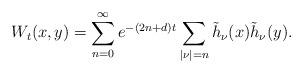
LaTeX: \begin{align*}W_t(x,y)=\sum_{n=0}^\infty e^{-(2n+d)t}\sum_{|\nu|=n}\tilde{h}_\nu(x)\tilde{h}_\nu(y).\end{align*}